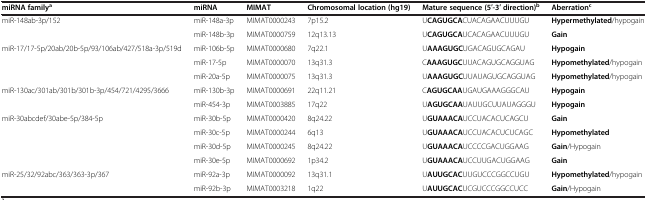
<table><thead><tr><td><b>miRNA family<sup>a</sup></b></td><td><b>miRNA</b></td><td><b>MIMAT</b></td><td><b>Chromosomal location (hg19)</b></td><td><b>Mature sequence (5′-3′ direction)<sup>b</sup></b></td><td><b>Aberration<sup>c</sup></b></td></tr></thead><tbody><tr><td>miR-148ab-3p/152</td><td>miR-148a-3p</td><td>MIMAT0000243</td><td>7p15.2</td><td>U<b>CAGUGCA</b>CUACAGAACUUUGU</td><td><b>Hypermethylated</b>/hypogain</td></tr><tr><td> </td><td>miR-148b-3p</td><td>MIMAT0000759</td><td>12q13.13</td><td>U<b>CAGUGCA</b>UCACAGAACUUUGU</td><td><b>Gain</b></td></tr><tr><td>miR-17/17-5p/20ab/20b-5p/93/106ab/427/518a-3p/519d</td><td>miR-106b-5p</td><td>MIMAT0000680</td><td>7q22.1</td><td>U<b>AAAGUGC</b>UGACAGUGCAGAU</td><td><b>Hypogain</b></td></tr><tr><td> </td><td>miR-17-5p</td><td>MIMAT0000070</td><td>13q31.3</td><td>C<b>AAAGUGC</b>UUACAGUGCAGGUAG</td><td><b>Hypomethylated</b>/hypogain</td></tr><tr><td> </td><td>miR-20a-5p</td><td>MIMAT0000075</td><td>13q31.3</td><td>U<b>AAAGUGC</b>UUAUAGUGCAGGUAG</td><td><b>Hypomethylated</b>/hypogain</td></tr><tr><td>miR-130ac/301ab/301b/301b-3p/454/721/4295/3666</td><td>miR-130b-3p</td><td>MIMAT0000691</td><td>22q11.21</td><td>C<b>AGUGCAA</b>UGAUGAAAGGGCAU</td><td><b>Hypogain</b></td></tr><tr><td> </td><td>miR-454-3p</td><td>MIMAT0003885</td><td>17q22</td><td>U<b>AGUGCAA</b>UAUUGCUUAUAGGGU</td><td><b>Hypogain</b></td></tr><tr><td>miR-30abcdef/30abe-5p/384-5p</td><td>miR-30b-5p</td><td>MIMAT0000420</td><td>8q24.22</td><td>U<b>GUAAACA</b>UCCUACACUCAGCU</td><td><b>Gain</b></td></tr><tr><td> </td><td>miR-30c-5p</td><td>MIMAT0000244</td><td>6q13</td><td>U<b>GUAAACA</b>UCCUACACUCUCAGC</td><td><b>Hypomethylated</b></td></tr><tr><td> </td><td>miR-30d-5p</td><td>MIMAT0000245</td><td>8q24.22</td><td>U<b>GUAAACA</b>UCCCCGACUGGAAG</td><td><b>Gain</b>/Hypogain</td></tr><tr><td> </td><td>miR-30e-5p</td><td>MIMAT0000692</td><td>1p34.2</td><td>U<b>GUAAACA</b>UCCUUGACUGGAAG</td><td><b>Gain</b></td></tr><tr><td>miR-25/32/92abc/363/363-3p/367</td><td>miR-92a-3p</td><td>MIMAT0000092</td><td>13q31.1</td><td>U<b>AUUGCAC</b>UUGUCCCGGCCUGU</td><td><b>Hypomethylated</b>/hypogain</td></tr><tr><td> </td><td>miR-92b-3p</td><td>MIMAT0003218</td><td>1q22</td><td>U<b>AUUGCAC</b>UCGUCCCGGCCUCC</td><td><b>Gain</b>/Hypogain</td></tr></tbody></table>